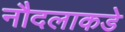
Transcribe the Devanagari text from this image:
नौदलाकडे